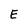
Character: E